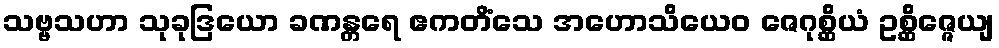
သဗ္ဗသဟာ သုခုဒြယော ခဏန္တရေ ဧကတိံသေ အဟောသိယေဝ ဇေဂုစ္ဆိယံ ဥစ္ဆိဇ္ဇေယျ